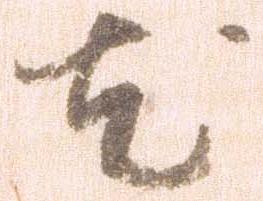
尤